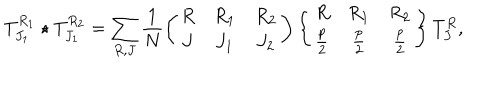
LaTeX: T _ { J _ { 1 } } ^ { R _ { 1 } } \star T _ { J _ { 1 } } ^ { R _ { 2 } } = \sum _ { R , J } \frac { 1 } { N } \left( \begin{array} { c c c } { { R } } & { { R _ { 1 } } } & { { R _ { 2 } } } \\ { { J } } & { { J _ { 1 } } } & { { J _ { 2 } } } \\ \end{array} \right) \left\{ \begin{array} { c c c } { { R } } & { { R _ { 1 } } } & { { R _ { 2 } } } \\ { { \frac { p } { 2 } } } & { { \frac { p } { 2 } } } & { { \frac { p } { 2 } } } \\ \end{array} \right\} T _ { J } ^ { R } ,